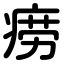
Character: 痨